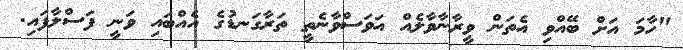
"ހާމަ އަށް ބޭއްވި އެތަން ވީރާނާވާލެއް އަވަސްވާނެތީ ތަރާގަނޑުގެ އެއްބައި ވަނީ ފަސްލާފައި.